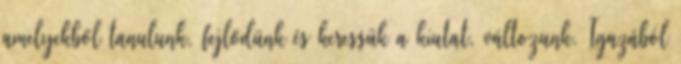
amelyekből tanulunk, fejlődünk és keressük a kiutat, változunk. Igazából